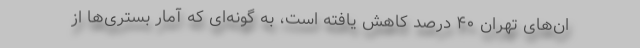
ان‌های تهران ۴۰ درصد کاهش یافته است، به گونه‌ای که آمار بستری‌ها از